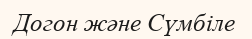
Догон және Сүмбіле